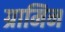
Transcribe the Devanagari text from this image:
ग्रामिन